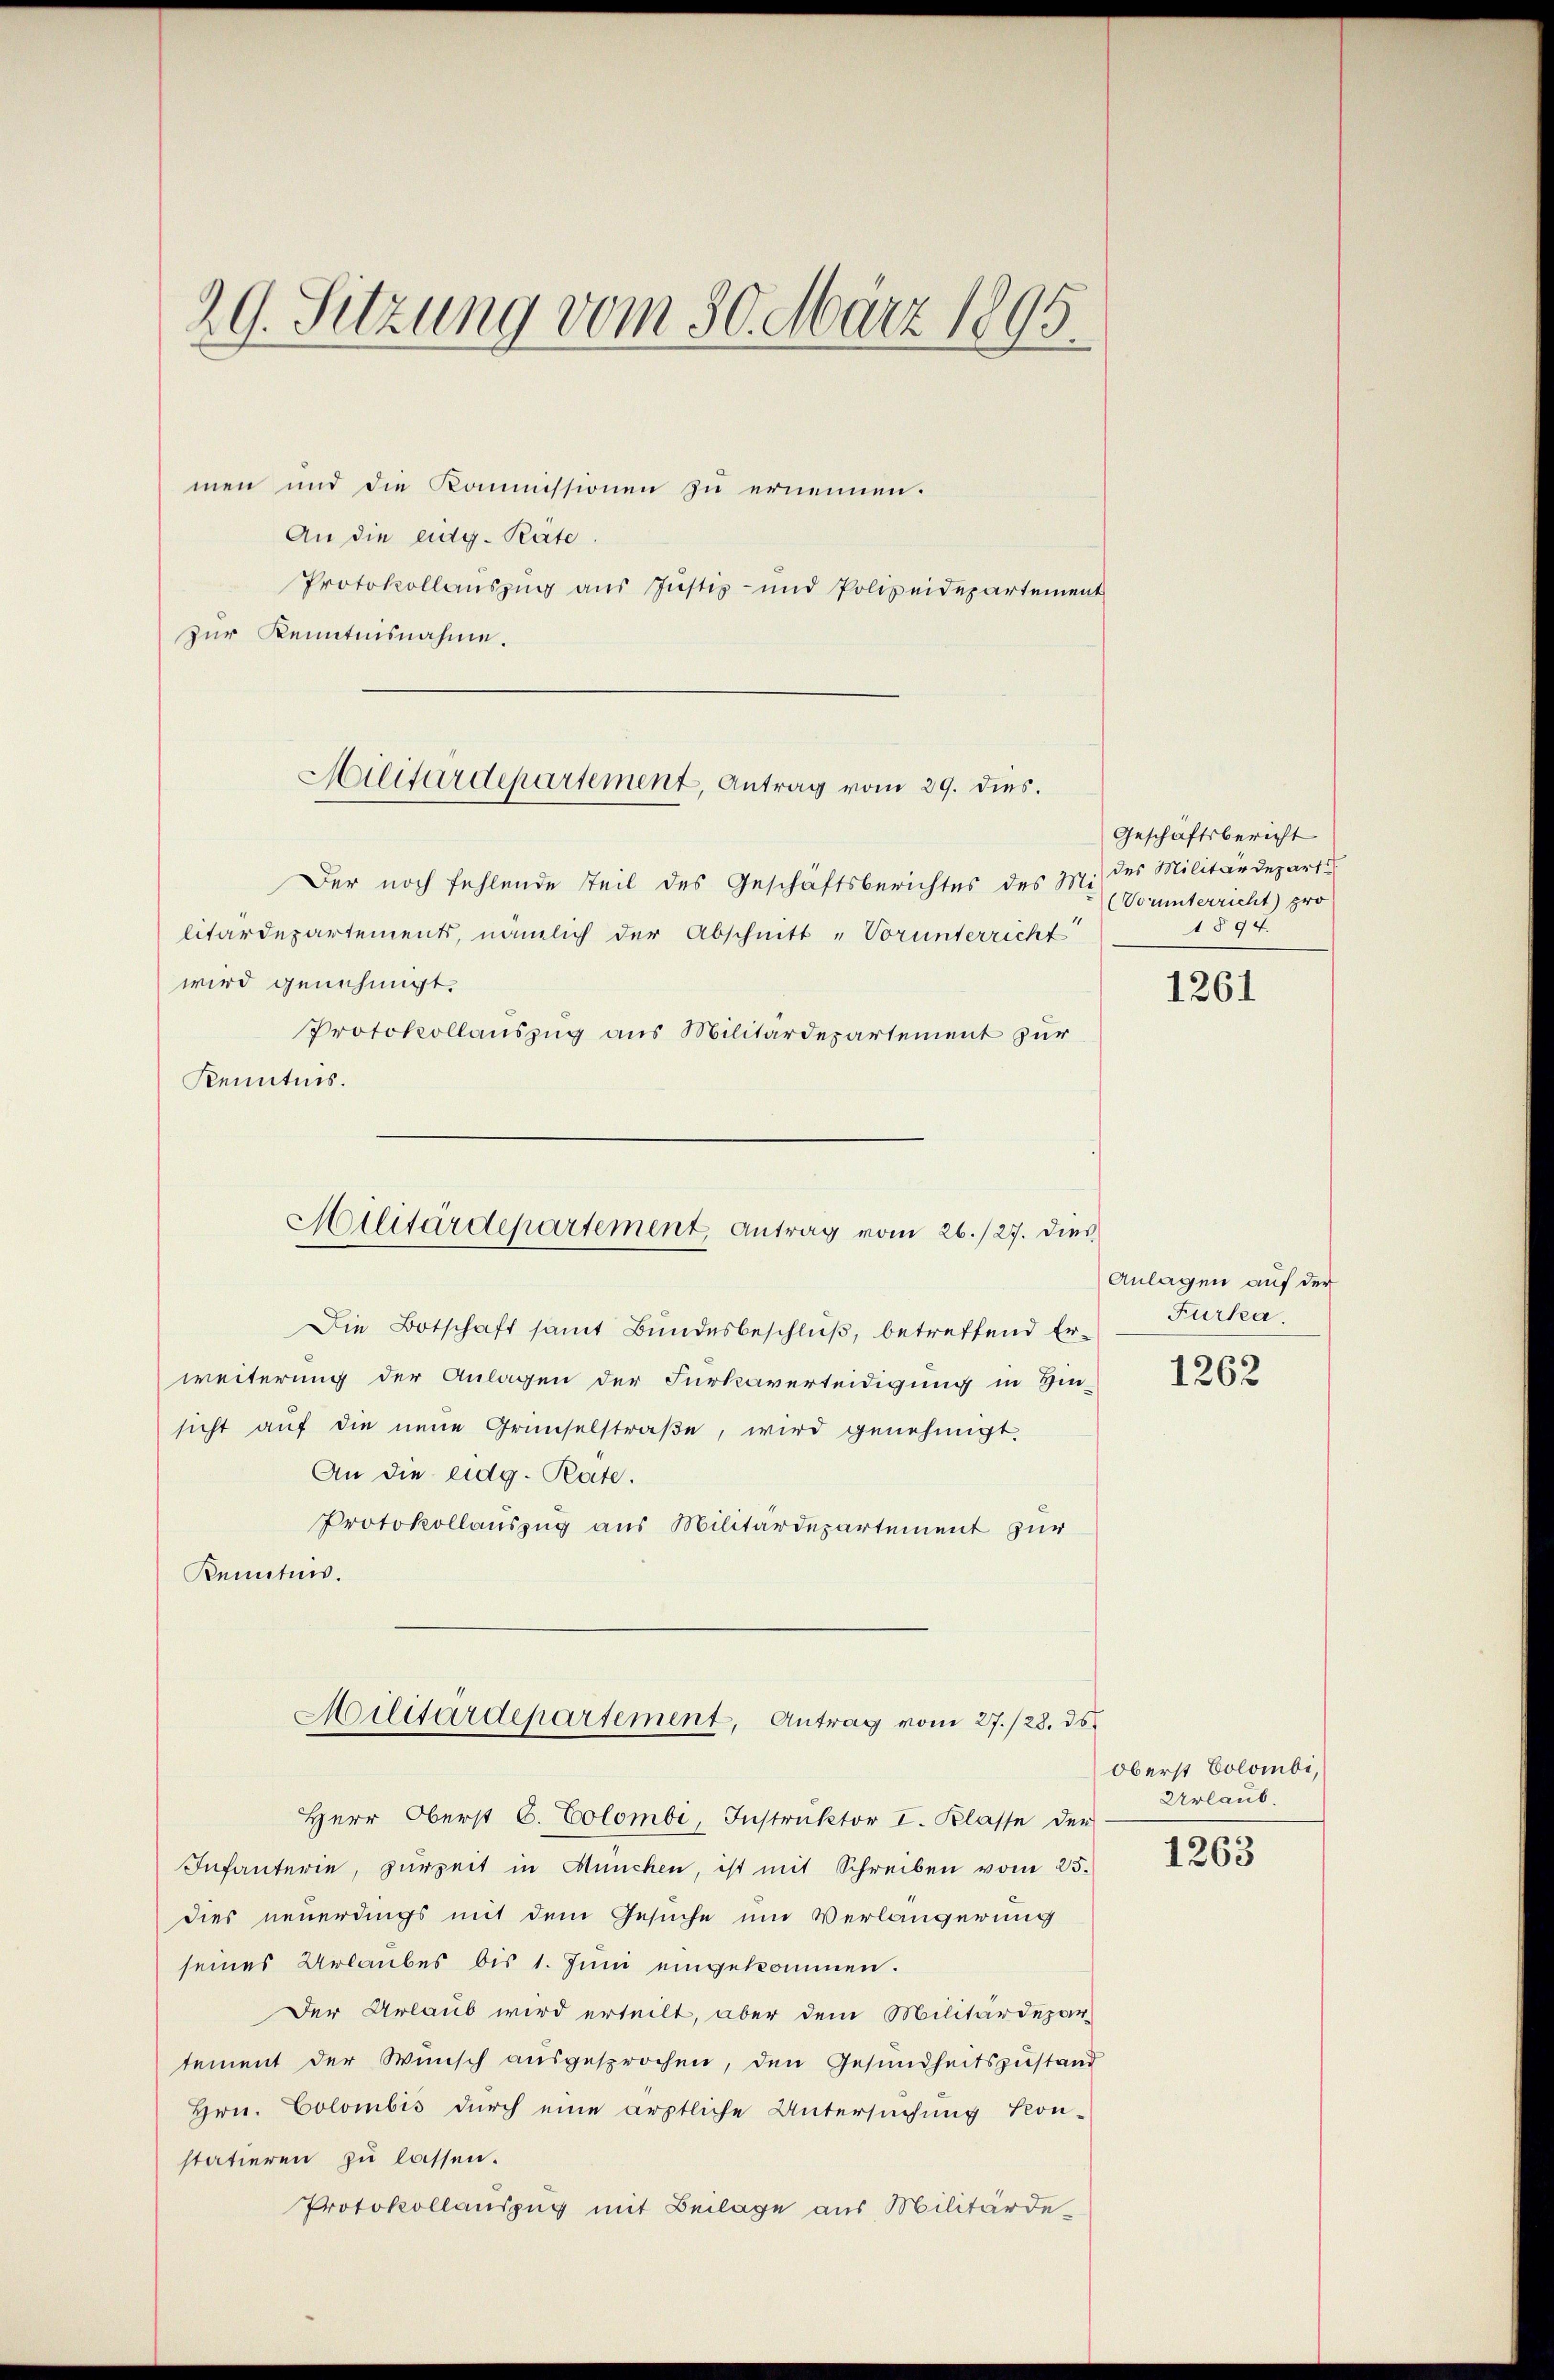
29. Sitzung vom 30. März 1895.

men und die Kommissionen zu ernennen.
An die eidg. Rate.
Protokollauszug aus Justiz- und Polizeidepartement
zur Kenntnisnahme.

Hilitärdepartement, Antrag vom 29. dies.

Der noch fehlende Teil des Geschäftsberichtes des Mi-
litärdepartements, nämlich der Abschnitt „Vorunterricht
wird genehmigt.
Protokollauszug aus Militärdepartement zur
Kenntnis.

Militärdepartement Antrag vom 26./27. dies

Die Botschaft samt Bundesbeschluß, betreffend Erweiterung der Anlagen der Fürkaverteidigung in Hin-
sicht auf die neue Grünselstraße, wird genehmigt.
An die eidg. Rate.
Protokollauszug aus Militärdepartement zur
Kenntnis.

Militärdepartement, Antrag vom 27./28. ds.

Herr Oberst C. Colombi, Instruktor I. Klasse der
Infanterie, zurzeit in München, ist mit Schreiben vom 25.
dies neuerdings mit dem Gesuche um Verlängerung
seines Urlaubes bis 1. Juni eingekommen.
Der Urlaub wird erteilt, aber dem Militärdepar-
tement der Wunsch ausgesprochen, den Gesundheitszustand
Hrn. Colombis durch eine ärztliche Untersuchung kon-
statieren zu lassen.
Protokollauszug mit Beilage aus Militärde¬

Geschäftsbericht
des Militärdepart
Vouunterricht) pro
1894.

1261

Anlagen auf der
Furka

1262

Oberst Colombi,
Urlaub.

1263